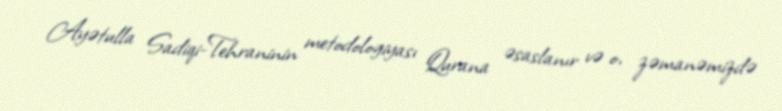
Ayətulla Sadiqi-Tehraninin metodologiyası Qurana əsaslanır və o, zəmanəmizdə